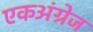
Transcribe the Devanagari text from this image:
एकअंग्रेज